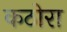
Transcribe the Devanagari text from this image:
कठोरा